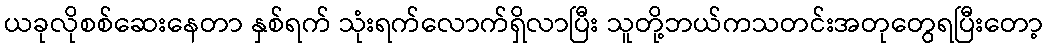
ယခုလိုစစ်ဆေးနေတာ နှစ်ရက် သုံးရက်လောက်ရှိလာပြီး သူတို့ဘယ်ကသတင်းအတုတွေရပြီးတော့